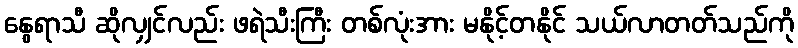
နွေရာသီ ဆိုလျှင်လည်း ဖရဲသီးကြီး တစ်လုံးအား မနိုင့်တနိုင် သယ်လာတတ်သည်ကို